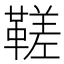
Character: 𩌢